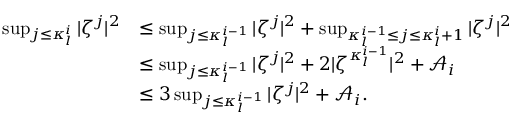
\begin{array} { r l } { \operatorname* { s u p } _ { j \leq \kappa _ { l } ^ { i } } | \zeta ^ { j } | ^ { 2 } } & { \leq \operatorname* { s u p } _ { j \leq \kappa _ { l } ^ { i - 1 } } | \zeta ^ { j } | ^ { 2 } + \operatorname* { s u p } _ { \kappa _ { l } ^ { i - 1 } \leq j \leq \kappa _ { l } ^ { i } + 1 } | \zeta ^ { j } | ^ { 2 } } \\ & { \leq \operatorname* { s u p } _ { j \leq \kappa _ { l } ^ { i - 1 } } | \zeta ^ { j } | ^ { 2 } + 2 | \zeta ^ { \kappa _ { l } ^ { i - 1 } } | ^ { 2 } + \mathcal { A } _ { i } } \\ & { \leq 3 \operatorname* { s u p } _ { j \leq \kappa _ { l } ^ { i - 1 } } | \zeta ^ { j } | ^ { 2 } + \mathcal { A } _ { i } . } \end{array}